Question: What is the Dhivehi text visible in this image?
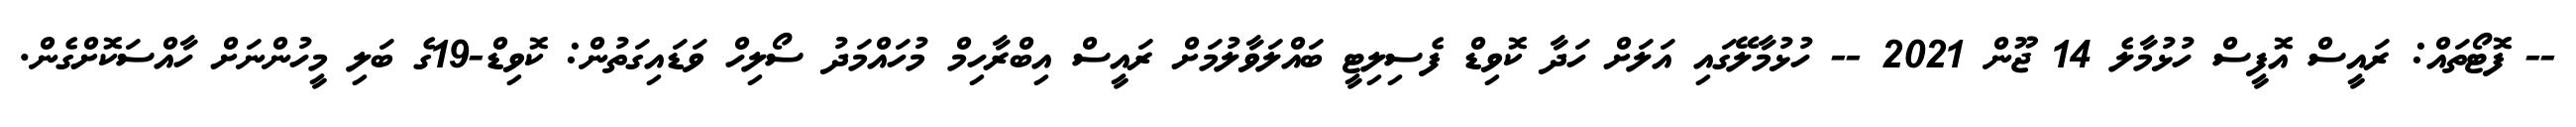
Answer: -- ފޮޓޯތައް: ރައީސް އޮފީސް ހުޅުމާލެ 14 ޖޫން 2021 -- ހުޅުމާލޭގައި އަލަށް ހަދާ ކޮވިޑް ފެސިލިޓީ ބައްލަވާލުމަށް ރައީސް އިބްރާހިމް މުހައްމަދު ސޯލިހް ވަޑައިގަތުން: ކޮވިޑް-19ގެ ބަލި މީހުންނަށް ހާއްސަކޮށްގެން.